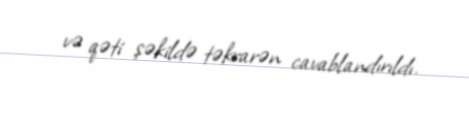
və qəti şəkildə təkrarən cavablandırıldı.